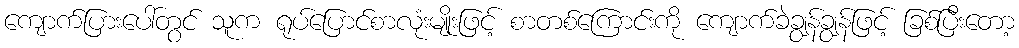
ကျောက်ပြားပေါ်တွင် သူက ရုပ်ပြောင်စာလုံးမျိုးဖြင့် စာတစ်ကြောင်းကို ကျောက်ခဲချွန်ချွန်ဖြင့် ခြစ်ပြီးတော့